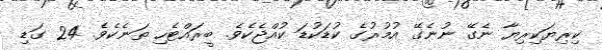
ކިރިޔަކިރިޔާ ނެގޭ ނުނެގޭ އުުމުރުގެ ކުޑަކުޑަ ކުއްޖެކެވެ. ބީރައްޓެހި ތަނެކެވެ. 24 ގަޑި